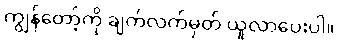
ကျွန်တော့်ကို ချက်လက်မှတ် ယူလာပေးပါ။